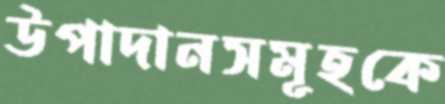
উপাদানসমূহকে